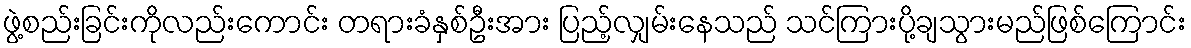
ဖွဲ့စည်းခြင်းကိုလည်းကောင်း တရားခံနှစ်ဦးအား ပြည့်လျှမ်းနေသည် သင်ကြားပို့ချသွားမည်ဖြစ်ကြောင်း